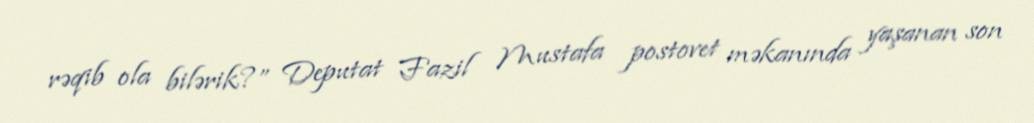
rəqib ola bilərik?” Deputat Fazil Mustafa postovet məkanında yaşanan son